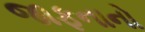
જાફનાનો